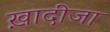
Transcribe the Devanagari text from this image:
ख़ादीजा